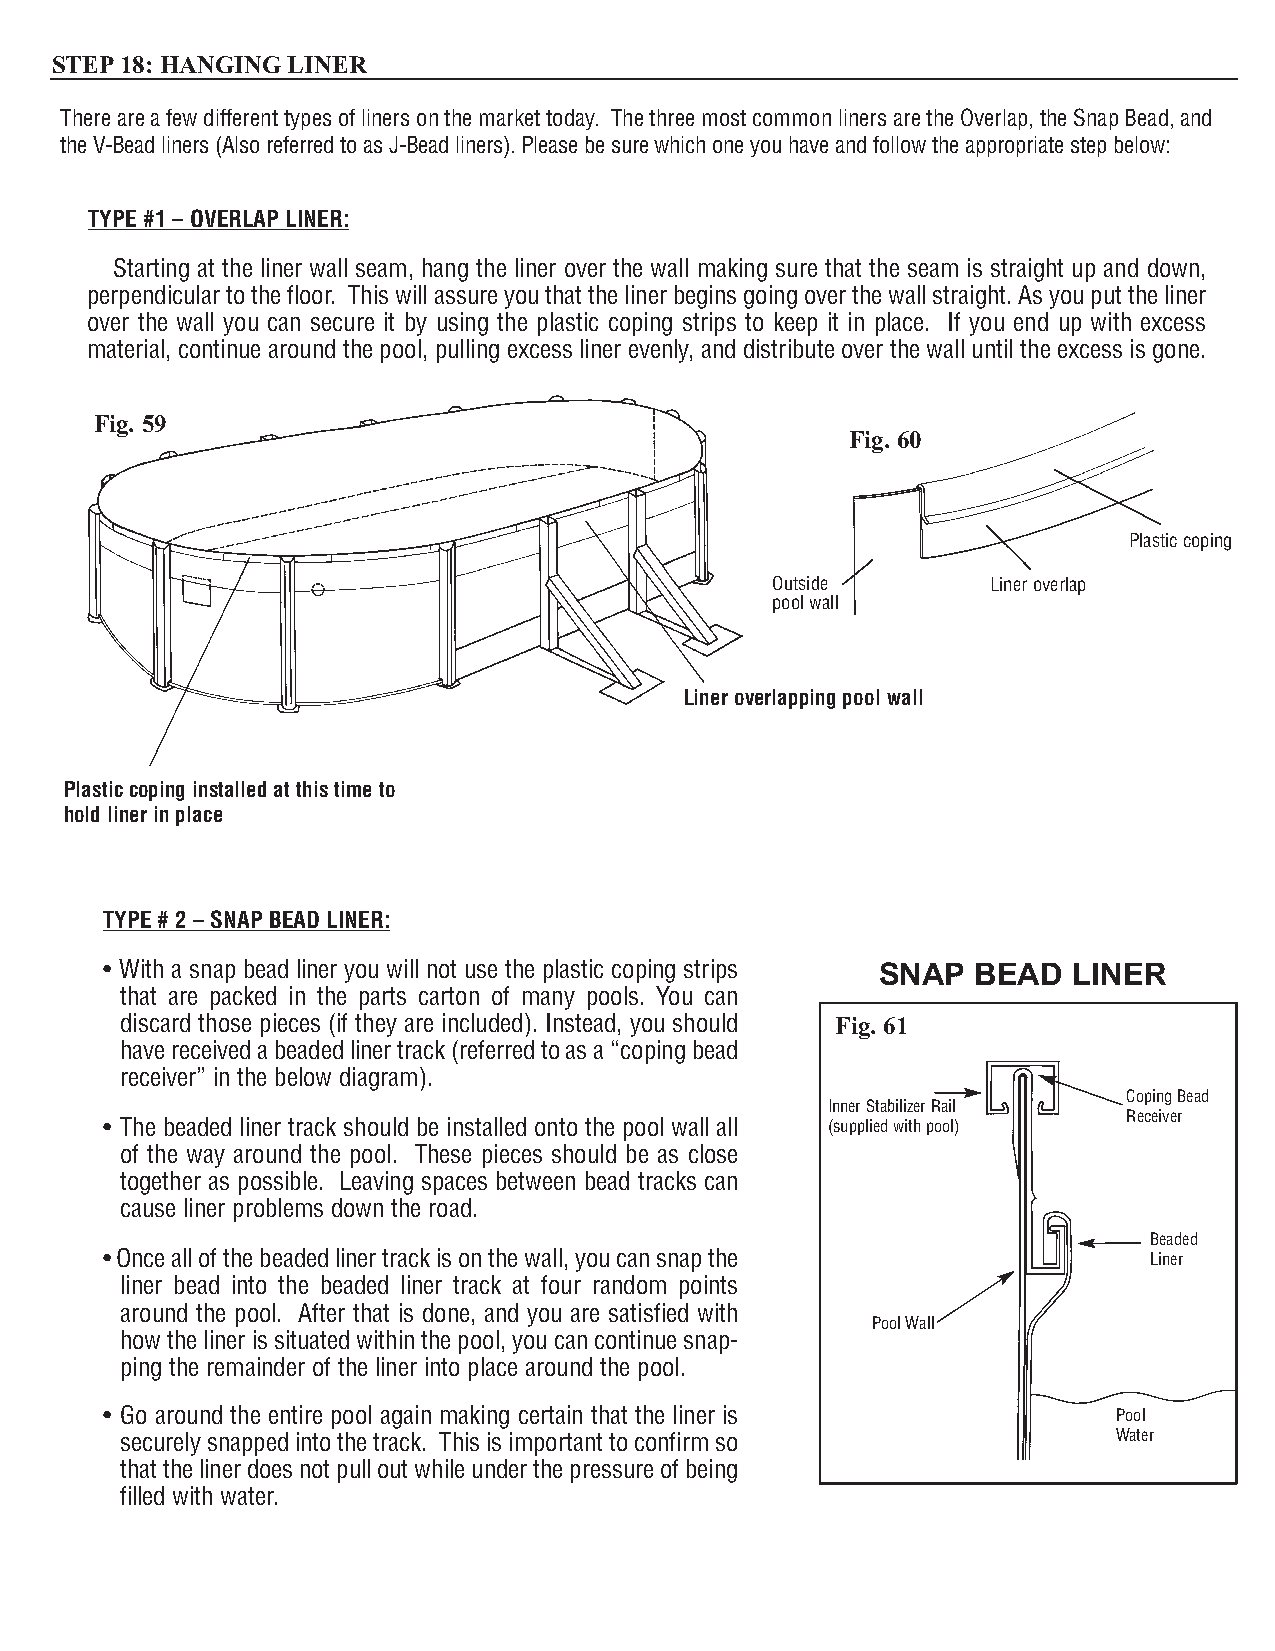
STEP18: HANGINGLINER
 There are a few different types of liners on the market today. The three most common liners are the Overlap, the Snap Bead, and
 the V-Bead liners (Also referred to as J-Bead liners). Please be sure which one you have and follow the appropriate step below:
 TYPE #1 – OVERLAP LINER:
 Starting at the liner wall seam, hang the liner over the wall making sure that the seam is straight up and down,
 perpendicular to the floor. This will assure you that the liner begins going over the wall straight. As you put the liner
 over the wall you can secure it by using the plastic coping strips to keep it in place. If you end up with excess
 material, continue around the pool, pulling excess liner evenly, and distribute over the wall until the excess is gone.
 Fig. 59
 Fig. 60
 Plastic coping
 Outside        Liner overlap
 pool wall
 Liner overlapping pool wall
 Plastic coping installed at this time to
 hold liner in place
 TYPE # 2 – SNAP BEAD LINER:
 • With a snap bead liner you will not use the plastic coping strips SNAP BEAD LINER
 that are packed in the parts carton of many pools. You can
 discard those pieces (if they are included). Instead, you should Fig. 61
 have received a beaded liner track (referred to as a “coping bead
 receiver” in the below diagram).
 Coping Bead
 Inner Stabilizer Rail
 Receiver
 • The beaded liner track should be installed onto the pool wall all (supplied with pool)
 of the way around the pool. These pieces should be as close
 together as possible. Leaving spaces between bead tracks can
 cause liner problems down the road.
 Beaded
 • Once all of the beaded liner track is on the wall, you can snap the Liner
 liner bead into the beaded liner track at four random points
 around the pool. After that is done, and you are satisfied with
 Pool Wall
 how the liner is situated within the pool, you can continue snap-
 ping the remainder of the liner into place around the pool.
 • Go around the entire pool again making certain that the liner is Pool
 securely snapped into the track. This is important to confirm so  Water
 that the liner does not pull out while under the pressure of being
 filled with water.